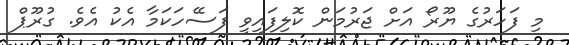
މި ފަހަރުގެ ޔޫރޯ އަށް ޖަރުމަން ކޮލިފައިވީ ފަސޭހަކަމާ އެކު އެވެ. ގުރޫޕް